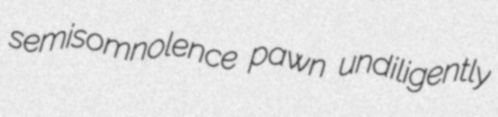
semisomnolence pawn undiligently